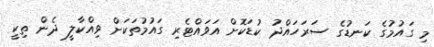
މި ގައުމުގެ ކަނޑުގެ ސަރަހައްދު ކުޑަކޮށް އަވައްޓެރި ގައުމުތަކަށް ވިއްކާލީ ދެން ތިކީ